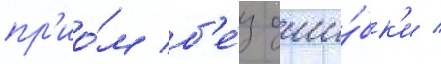
пр'ио́м б'е́з оши́бк'и /